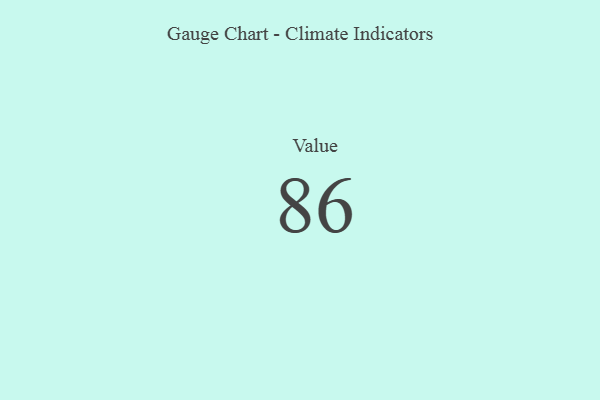
{"axis": {"x": "Metric", "y": "Value"}, "legend": [""], "data": [{"x": "Value", "y": 86, "type": ""}]}